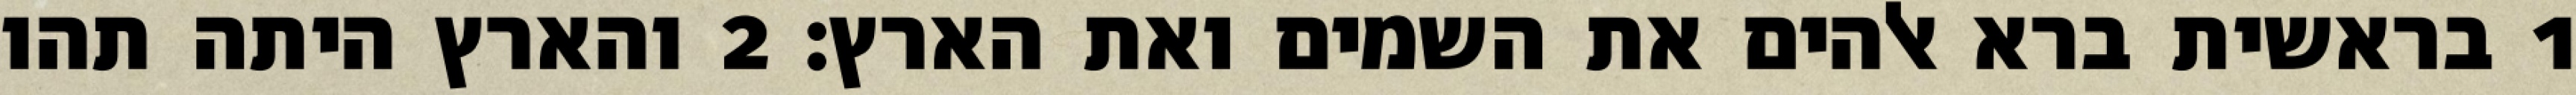
1 בראשית ברא אלהים את השמים ואת הארץ׃ ‎2‏ והארץ היתה תהו